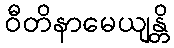
ဝီတိနာမေယျန္တိ